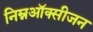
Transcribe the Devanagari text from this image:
निम्नऑक्सीजन